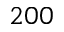
2 0 0